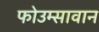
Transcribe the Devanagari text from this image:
फोउम्सावान